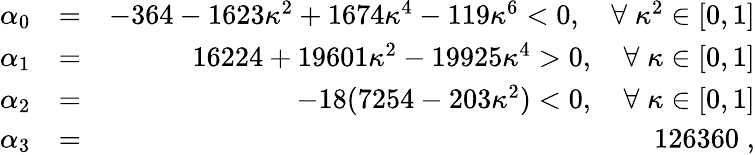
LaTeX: \begin{array}{rlr}{\alpha_{0}}&{=}&{-364-1623\kappa^{2}+1674\kappa^{4}-119\kappa^{6}<0,\quad\forall\; \kappa^{2}\in[0,1]}\\ {\alpha_{1}}&{=}&{16224+19601\kappa^{2}-19925\kappa^{4}>0,\quad\forall\; \kappa\in[0,1]}\\ {\alpha_{2}}&{=}&{-18(7254-203\kappa^{2})<0,\quad\forall\; \kappa\in[0,1]}\\ {\alpha_{3}}&{=}&{126360\; ,}\end{array}